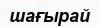
шағырай